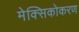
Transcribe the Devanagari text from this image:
मेक्सिकोकरण